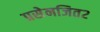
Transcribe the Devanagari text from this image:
प्रसेनजित२